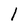
Character: 1